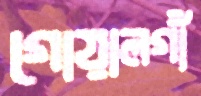
গোয়ালগাঁ